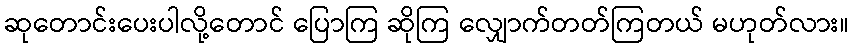
ဆုတောင်းပေးပါလို့တောင် ပြောကြ ဆိုကြ လျှောက်တတ်ကြတယ် မဟုတ်လား။